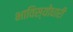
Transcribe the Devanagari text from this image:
भाविस्योधारी